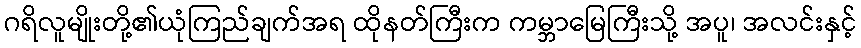
ဂရိလူမျိုးတို့၏ယုံကြည်ချက်အရ ထိုနတ်ကြီးက ကမ္ဘာမြေကြီးသို့ အပူ၊ အလင်းနှင့်